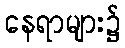
နေရာများ၌